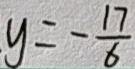
y = - \frac { 1 7 } { 6 }